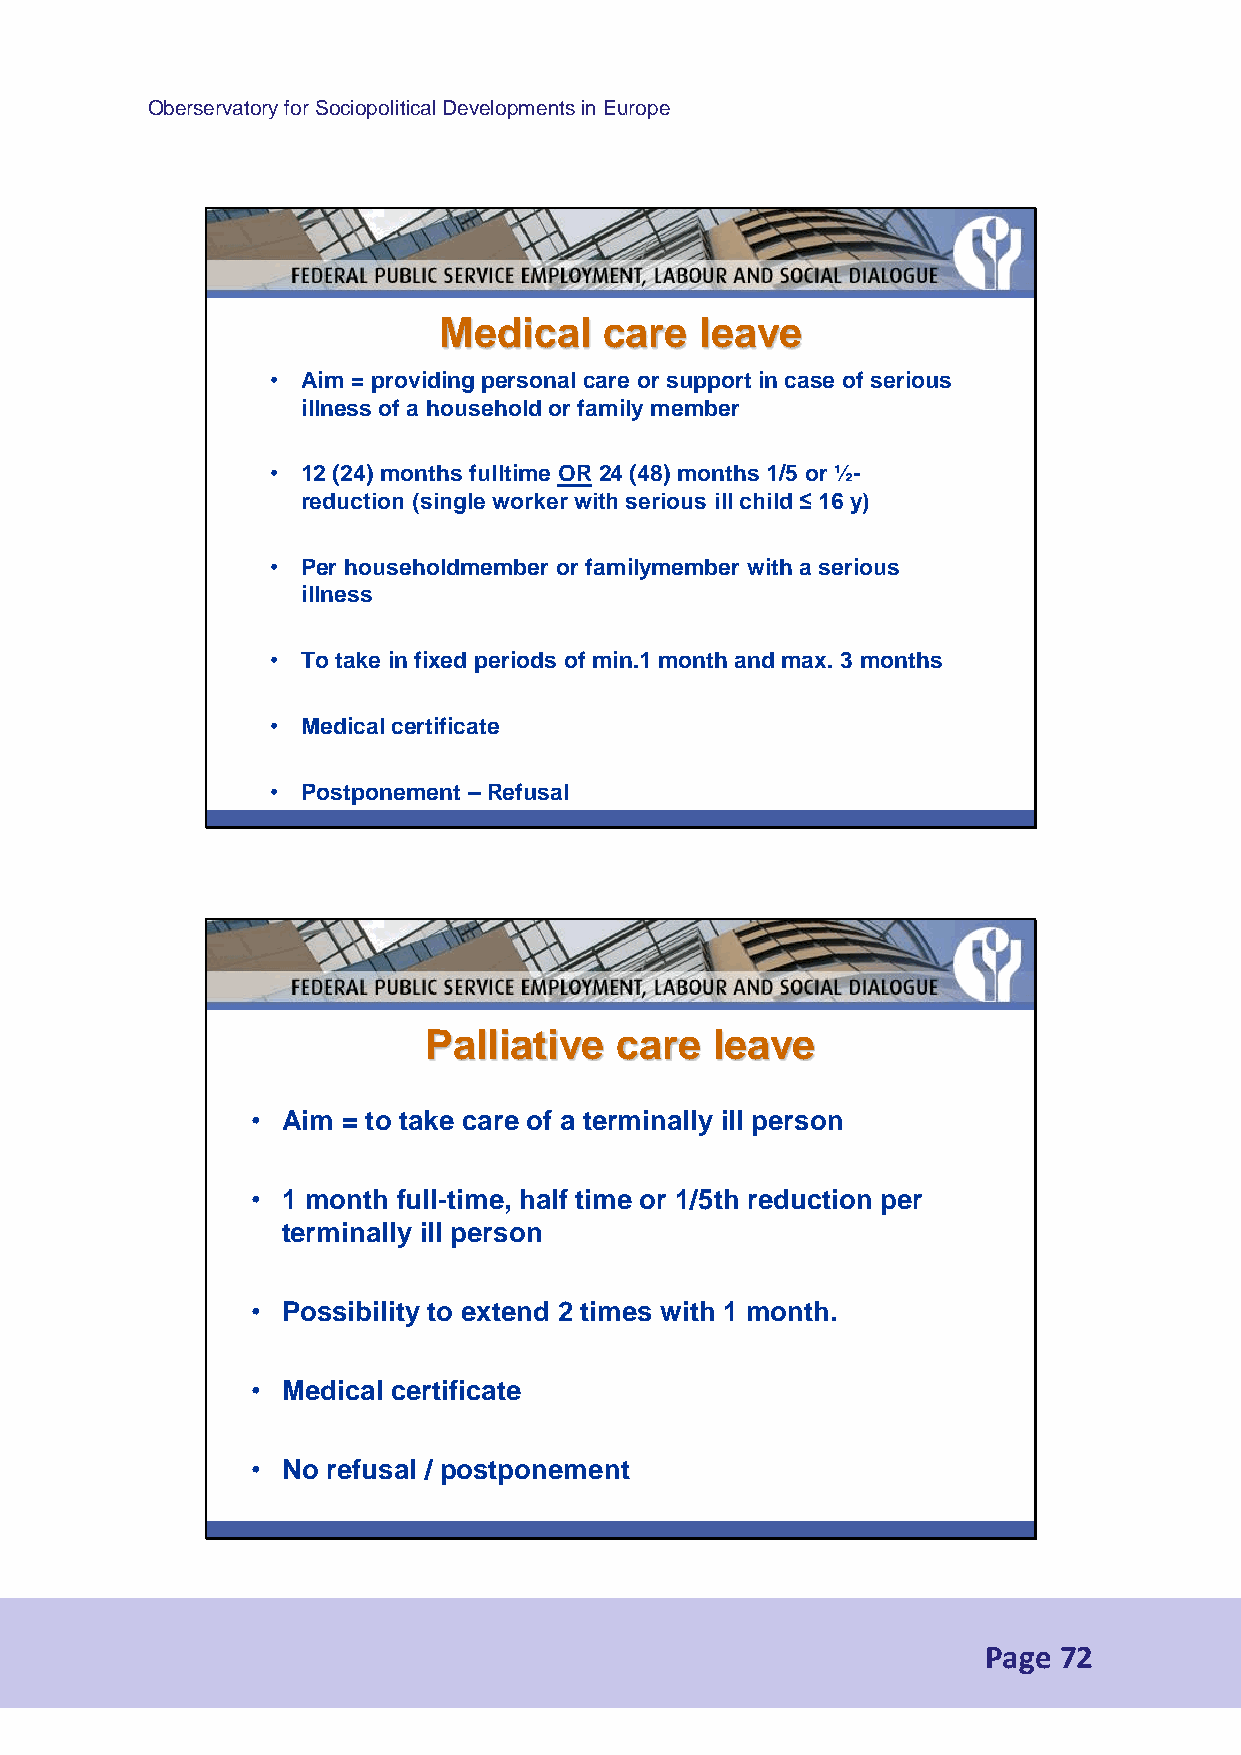
Oberservatory for Sociopolitical Developments in Europe
 Medical    care  leave
 • Aim = providing personal care or support in case of serious
 illness of a household or family member
 • 12 (24) months fulltime OR 24 (48) months 1/5 or ½-
 reduction (single worker with serious ill child ≤ 16 y)
 • Per householdmember or familymember with a serious
 illness
 • To take in fixed periods of min.1 month and max. 3 months
 • Medical certificate
 • Postponement – Refusal
 Palliative   care  leave
 • Aim = to take care of a terminally ill person
 • 1 month full-time, half time or 1/5th reduction per
 terminally ill person
 • Possibility to extend 2 times with 1 month.
 • Medical certificate
 • No refusal / postponement
 Page 72